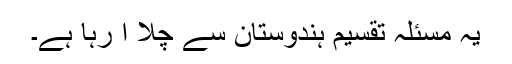
یہ مسئلہ تقسیم ہندوستان سے چلا آ رہا ہے۔